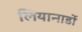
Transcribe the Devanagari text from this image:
लियानार्डो